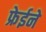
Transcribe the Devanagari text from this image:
फ्रेईने